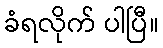
ခံရလိုက် ပါပြီ။